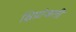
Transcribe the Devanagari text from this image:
क्षिप्रांजली